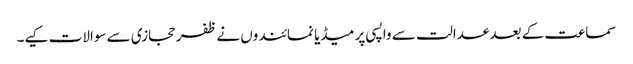
سماعت کے بعد عدالت سے واپسی پر میڈیا نمائندوں نے ظفر حجازی سے سوالات کیے۔